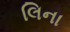
લિના